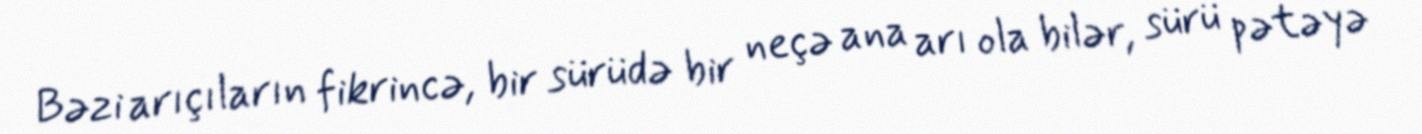
Bəzi arıçıların fikrincə, bir sürüdə bir neçə ana arı ola bilər, sürü pətəyə